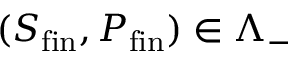
( S _ { \mathrm { f i n } } , P _ { \mathrm { f i n } } ) \in \Lambda _ { - }